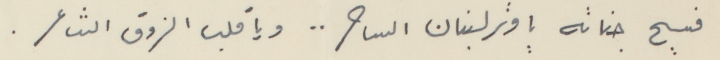
فسيح جناته يا وتر لبنان الساحر . . ويا قلب الزوق الشاعر.